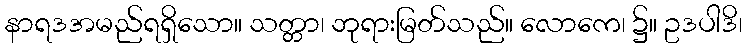
နာရဒအမည်ရရှိသော။ သတ္တာ၊ ဘုရားမြတ်သည်။ လောကေ၊ ၌။ ဥဒပါဒိ၊